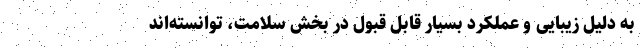
به دلیل زیبایی و عملکرد بسیار قابل قبول در بخش سلامت، توانسته‌اند